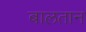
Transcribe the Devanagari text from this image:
बालतान